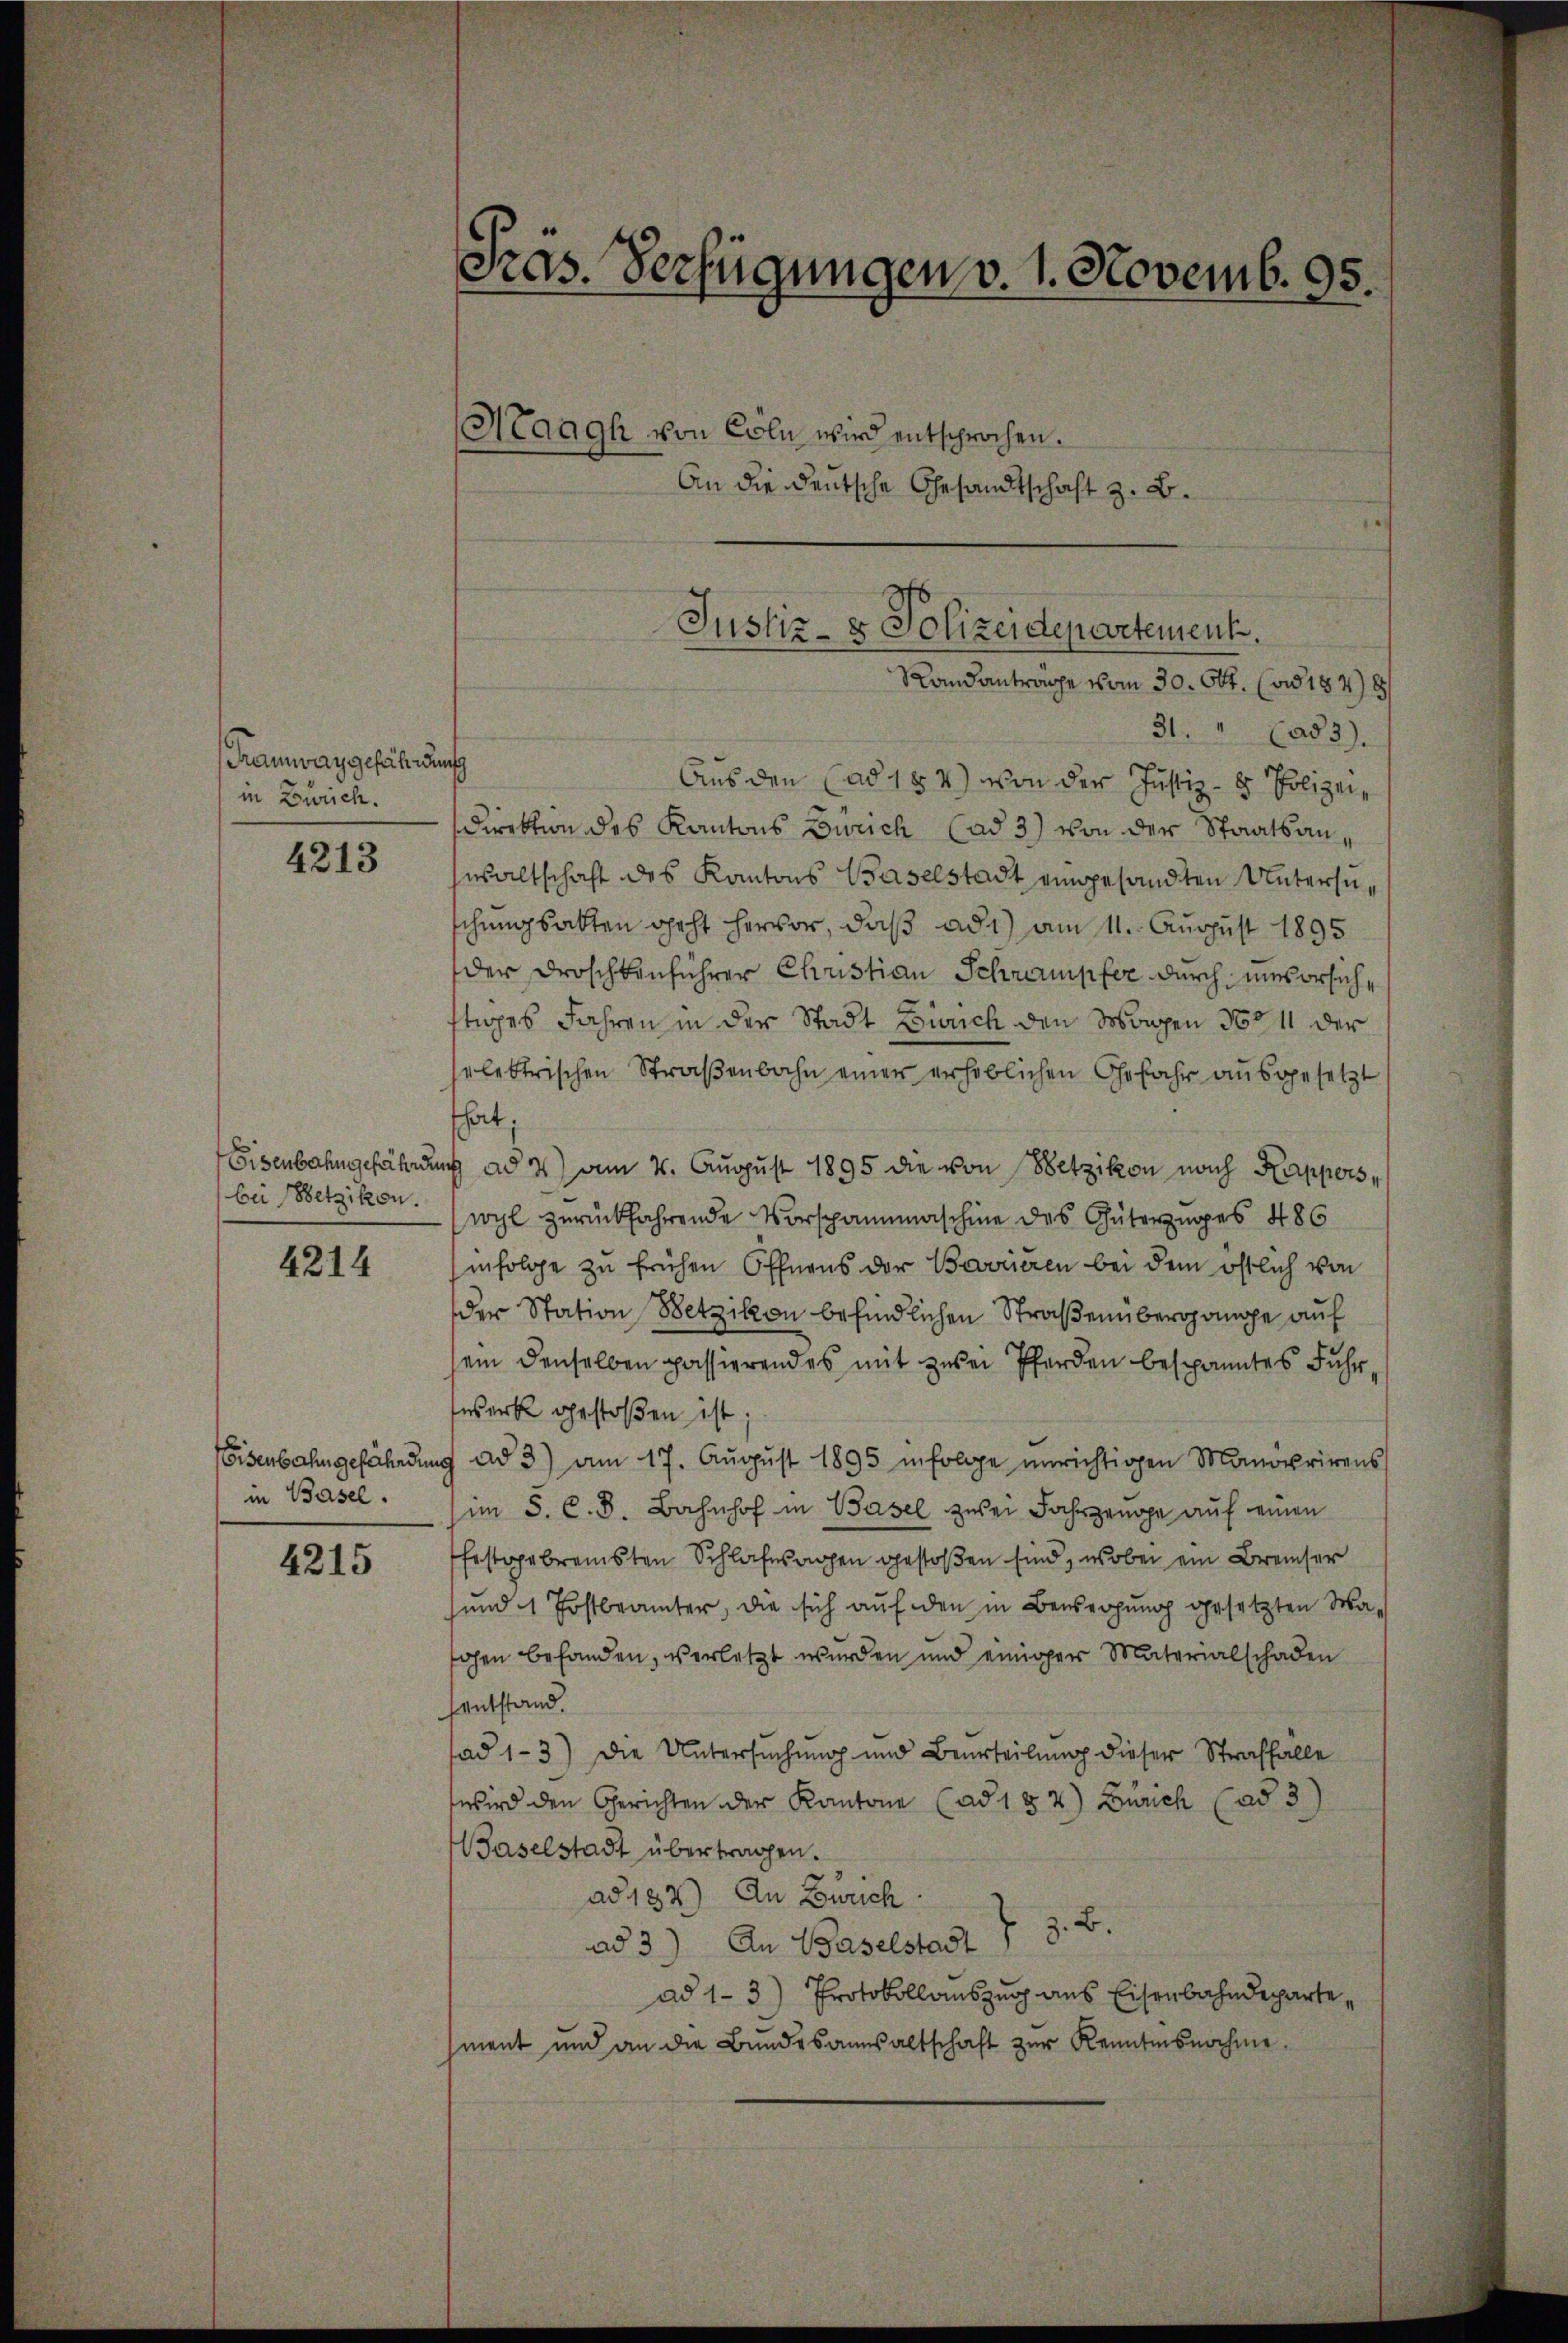
Tramway gefährungs
in Zürich.

4313

bei Wetzikon.

4214

in Basel.

4215

31. " (ad 3.
Aus den (ad 184) von der Justiz- & Polizei¬
Direktion des Kantons Zürich (ad 3) von der Staatsanwaltschaft des Kantons Baselstadt eingesandten Untersuschungsakten geht hervor, daß ad 1) am 11. August 1895
der Droschkenführer Christian Schrampfer durch unvorsichftiges Jahren in der Stadt Zürich den Morgen 1611 der
selektrischen Straßenbahn einer erheblichen Gefahr ausgesetzt
hat;
Eisenbahngefährdung ad 2) am 2. August 1895 die von Wetzikon nach Kapperswyl zurückfahrende Vorspannmaschine des Güterziges 486
infolge zu frühen Öffnens der Bevrieren bei dem östlich von
der Station Setzikon befindlichen Straßenübergange auf
ein denselben passierend es mit zwei Pferden bespanntes Fuhrwerk gestoßen ist
Eisenbahngefährdung ad 3) am 17. Aŭgŭst 1895 infolge unrichtigen Manöverirens
(im S. C. S. Bahnhof in Basel zwei Jahrgenge auf einen
festgebremsten Schlafagen gestoßen sind, wobei ein Breiser
und 1 Postbeamter, die sich auf den in Besserung gesetzten Mahohen befanden, verletzt wurden und einiger Materialschaden
sentstand.
ad 1-3) Die Untersuchung und Beurteilung dieser Straffälle
wird den Gerichten der Kantone (ad 152) Zürich (ad 3)
Baselstadt übertragen.
ad 182) An Zürich
z. B.
ad 3) An Baselstadt
ad 1. 3) Protokollauszug aus Eisenbahndeparte,
hment und an die Bundesanwaltschaft zur Kenntnisnahme

Pras. Verfügungen v. 1. Novemb. 95.
Maagh von Cöln wird entsprochen.
An die deutsche Gesandtschaft z. B.
Justiz- & Polizeidepartement.

Randanträge vom 30. Okt. (ad 1848